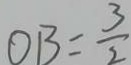
O B = \frac { 3 } { 2 }